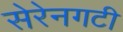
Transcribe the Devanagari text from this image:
सेरेनगटी